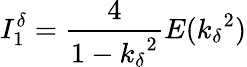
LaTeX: I_{1}^{\delta}=\frac{4}{1-{k_{\delta}}^{2}}E({k_{\delta}}^{2})